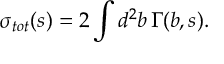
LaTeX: \sigma _ { t o t } ( s ) = 2 \int d ^ { 2 } b \, \Gamma ( b , s ) .